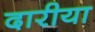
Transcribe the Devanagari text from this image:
दारीया